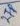
Text: 2TP